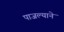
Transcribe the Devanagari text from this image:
पाजल्याने